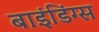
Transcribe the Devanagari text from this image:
बाइंडिंग्स